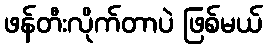
ဖန်တီးလိုက်တာပဲ ဖြစ်မယ်